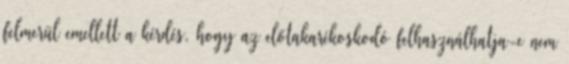
felmerül emellett a kérdés, hogy az előtakarékoskodó felhasználhatja-e nem